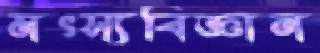
মৎস্যবিজ্ঞান